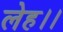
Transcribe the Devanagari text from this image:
लेह।।